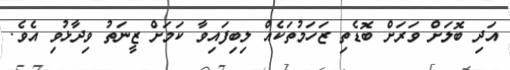
އަދި ބޮލަށް ވަރަށް ބޮޑެތި ޒަހަމުތަކެއް ލިބިފައިވާ ކަމަށް ޒީނަތު ވިދާޅުވި އެވެ.